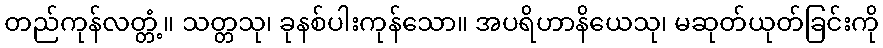
တည်ကုန်လတ္တံ့။ သတ္တသု၊ ခုနစ်ပါးကုန်သော။ အပရိဟာနိယေသု၊ မဆုတ်ယုတ်ခြင်းကို